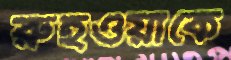
রুহওয়াকে